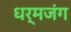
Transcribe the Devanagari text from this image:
धर्मजंग